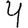
Digit: 4